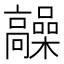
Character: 髞